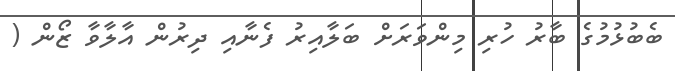
ބެބުޅުމުގެ ބާރު ހުރި މިންވަރަށް ބަލާއިރު ފެނާއި ދިރުން އާލާވާ ޒޯން (